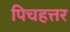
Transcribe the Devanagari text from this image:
पिचहत्तर